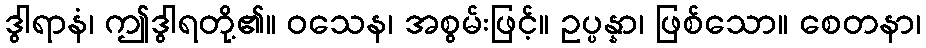
ဒွါရာနံ၊ ဤဒွါရတို့၏။ ဝသေန၊ အစွမ်းဖြင့်။ ဥပ္ပန္နာ၊ ဖြစ်သော။ စေတနာ၊